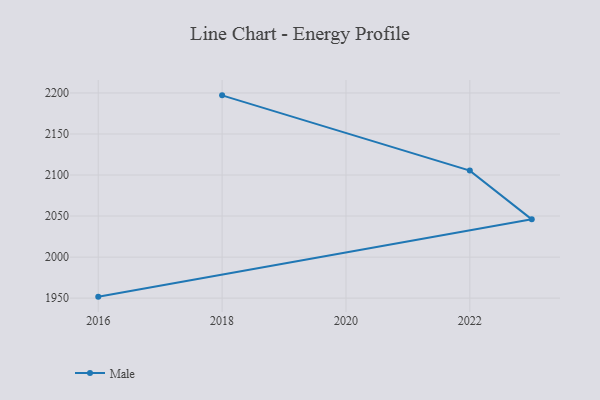
{"axis": {"x": "Year", "y": "Humidity (%)"}, "legend": ["Male"], "data": [{"x": "2018", "y": 2197.1, "type": "Male"}, {"x": "2022", "y": 2105.4, "type": "Male"}, {"x": "2023", "y": 2046.0, "type": "Male"}, {"x": "2016", "y": 1951.8, "type": "Male"}]}